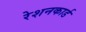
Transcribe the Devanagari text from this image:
रेशनकार्ड